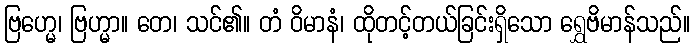
ဗြဟ္မေ၊ ဗြဟ္မာ။ တေ၊ သင်၏။ တံ ဝိမာနံ၊ ထိုတင့်တယ်ခြင်းရှိသော ရွှေဗိမာန်သည်။